Report of the Indian Hemp Drugs Commission, 1894-1895 - Volume VIII
Year: 1894
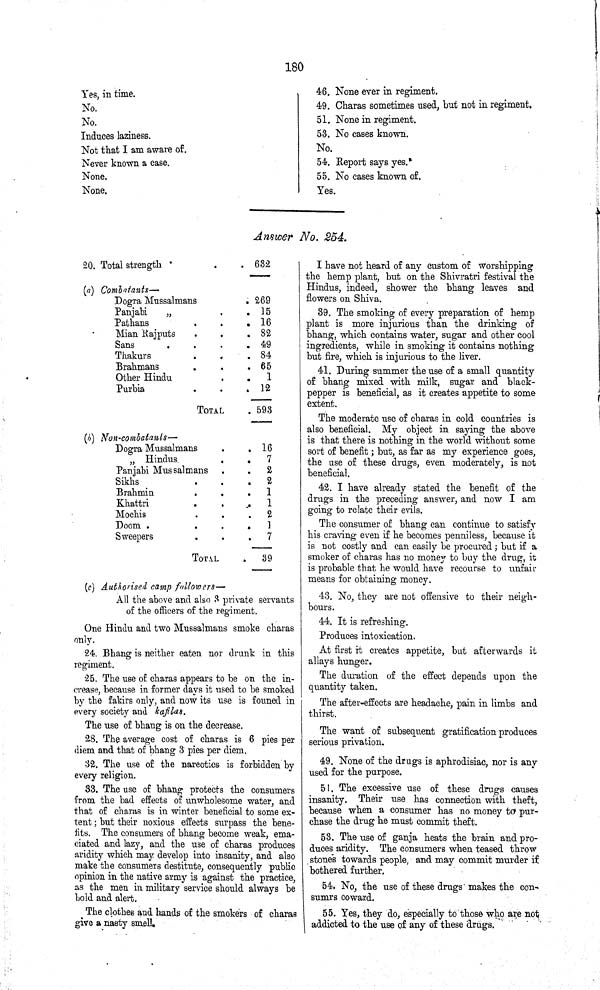
180
Yes, in time.
No.
No.
Induces laziness.
Not that I am aware of.
Never known a case.
None.
None.
46. None ever in regiment.
49. Charas sometimes used, but not in regiment.
51. None in regiment.
53. No cases known.
No.
54. Report says yes.
55. No cases known of.
Yes.
Answer No. 254.
20. Total strength
632
(a) Combatants—
Dogra Mussalmans
269
Panjabi
„
15
Pathan
16
Mian Rajputs
82
Sans
49
Thakurs
84
Brahmans
65
Other Hindu
1
Purbia
12
TOTAL
593
(b) Non-combatants—
Dogra Mussalmans
16
" Hindus
7
Panjabi
Mussalmans
2
Sikhs
2
Brahmin
1
Khattri
1
Mochis
2
Doom
1
Sweepers
7
TOTAL
39
(c) Authorised camp followers—
All the above and also 3 private servants
of the officers of the regiment.
One Hindu and two Mussalmans smoke charas
only.
24. Bhang is neither eaten nor drunk in this
regiment.
25. The use of charas appears to be on the in-
crease, because in former days it used to be smoked
by the fakirs only, and now its use is founed in
every society and kafilas.
The use of bhang is on the decrease.
28. The average cost of charas is 6 pies per
diem and that of bhang 3 pies per diem.
32. The use of the narcotics is forbidden by
every religion.
33. The use of bhang protects the consumers
from the bad effects of unwholesome water, and
that of charas is in winter beneficial to some ex¬
tent; but their noxious effects surpass the bene¬
fits. The consumers of bhang become weak, ema¬
ciated and lazy, and the use of charas produces
aridity which may develop into insanity, and also
make the consumers destitute, consequently public
opinion in the native army is against the practice,
as the men in military service should always be
bold and alert.
The clothes and hands of the smokers of charas
give a nasty smell.
I have not heard of any custom of worshipping
the hemp plant, but on the Shivratri festival the
Hindus, indeed, shower the bhang leaves and
flowers on Shiva.
39. The smoking of every preparation of hemp
plant is more injurious than the drinking of
bhang, which contains water, sugar and other cool
ingredients, while in smoking it contains nothing
but fire, which is injurious to the liver.
41. During summer the use of a small quantity
of bhang mixed with milk, sugar and black-
pepper is beneficial, as it creates appetite to some
extent.
The moderate use of charas in cold countries is
also beneficial. My object in saying the above
is that there is nothing in the world without some
sort of benefit; but, as far as my experience goes,
the use of these drugs, even moderately, is not
beneficial.
42. I have already stated the benefit of the
drugs in the preceding answer, and now I am
going to relate their evils.
The consumer of bhang can continue to satisfy
his craving even if he becomes penniless, because it
is not costly and can easily be procured; but if a
smoker of charas has no money to buy the drug, it
is probable that he would have recourse to unfair
means for obtaining money.
43. No, they are not offensive to their neigh¬
bours.
44. It is refreshing.
Produces intoxication.
At first it creates appetite, but afterwards it
allays hunger.
The duration of the effect depends upon the
quantity taken.
The after-effects are headache, pain in limbs and
thirst.
The want of subsequent gratification produces
serious privation.
49. None of the drugs is aphrodisiac, nor is any
used for the purpose.
51. The excessive use of these drugs causes
insanity. Their use has connection with theft,
because when a consumer has no money to pur¬
chase the drug he must commit theft.
53. The use of ganja heats the brain and pro¬
duces aridity. The consumers when teased throw
stones towards people, and may commit murder if
bothered further.
54. No, the use of these drugs makes the con-
sumrs coward.
55. Yes, they do, especially to those who are not
addicted to the use of any of these drugs.